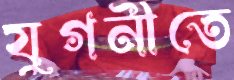
যুগনীতে